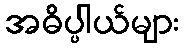
အဓိပ္ပါယ်များ